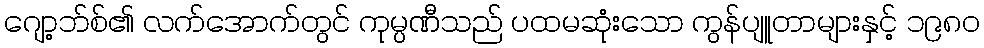
ဂျော့ဘ်စ်၏ လက်အောက်တွင် ကုမ္ပဏီသည် ပထမဆုံးသော ကွန်ပျူတာများနှင့် ၁၉၈၀